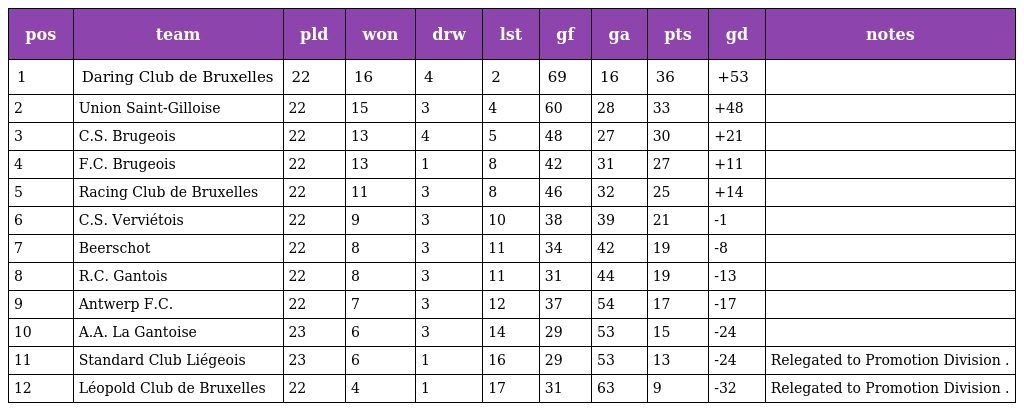
| pos | team | pld | won | drw | lst | gf | ga | pts | gd | notes |
 | --- | --- | --- | --- | --- | --- | --- | --- | --- | --- | --- |
 | 1 | Daring Club de Bruxelles | 22 | 16 | 4 | 2 | 69 | 16 | 36 | +53 |  |
 | 2 | Union Saint-Gilloise | 22 | 15 | 3 | 4 | 60 | 28 | 33 | +48 |  |
 | 3 | C.S. Brugeois | 22 | 13 | 4 | 5 | 48 | 27 | 30 | +21 |  |
 | 4 | F.C. Brugeois | 22 | 13 | 1 | 8 | 42 | 31 | 27 | +11 |  |
 | 5 | Racing Club de Bruxelles | 22 | 11 | 3 | 8 | 46 | 32 | 25 | +14 |  |
 | 6 | C.S. Verviétois | 22 | 9 | 3 | 10 | 38 | 39 | 21 | -1 |  |
 | 7 | Beerschot | 22 | 8 | 3 | 11 | 34 | 42 | 19 | -8 |  |
 | 8 | R.C. Gantois | 22 | 8 | 3 | 11 | 31 | 44 | 19 | -13 |  |
 | 9 | Antwerp F.C. | 22 | 7 | 3 | 12 | 37 | 54 | 17 | -17 |  |
 | 10 | A.A. La Gantoise | 23 | 6 | 3 | 14 | 29 | 53 | 15 | -24 |  |
 | 11 | Standard Club Liégeois | 23 | 6 | 1 | 16 | 29 | 53 | 13 | -24 | Relegated to Promotion Division . |
 | 12 | Léopold Club de Bruxelles | 22 | 4 | 1 | 17 | 31 | 63 | 9 | -32 | Relegated to Promotion Division . |